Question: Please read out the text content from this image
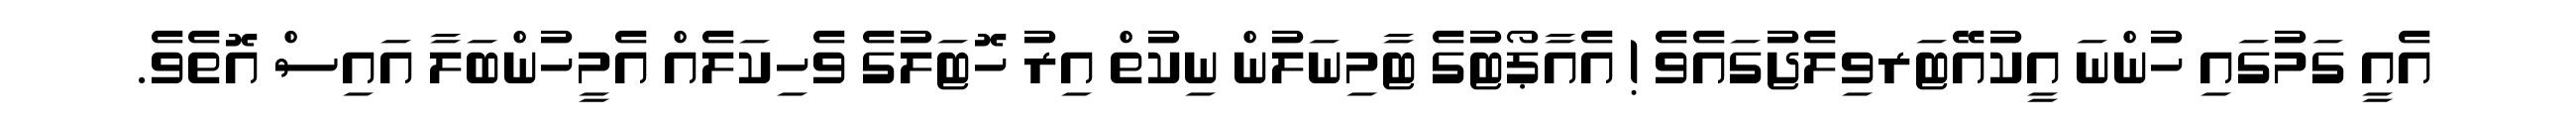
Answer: އެއީ ގަމުގައި ހުންނަ އީކުއޭޓަރވިލެޖުގައެވެ ! އެއާޕޯޓުގެ ޓާމިނަލުން ނިކުތް އިރު ހޮޓަލުގެ ވެހިކަލެއް އެމީހުންބަލާ އައިސް އޮތެވެ.